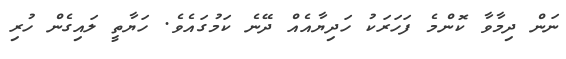
ނަން ދިމާވާ ކޮންމެ ފަހަރަކު ހަދިޔާއެއް ދޭނެ ކަމުގައެވެ. ހަޔާތީ ލައިގެން ހުރި